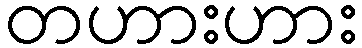
တဟားဟား